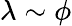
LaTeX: \lambda\sim\phi